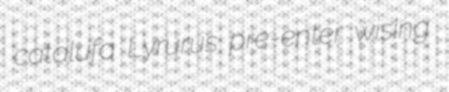
catalufa Lyrurus pre-enter wising